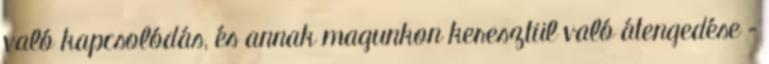
való kapcsolódás, és annak magunkon keresztül való átengedése –